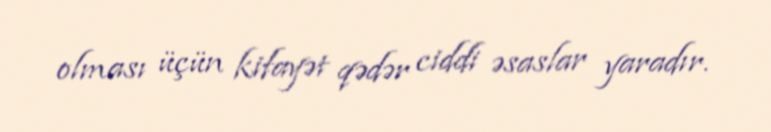
olması üçün kifayət qədər ciddi əsaslar yaradır.